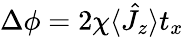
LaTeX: \Delta\phi=2\chi\langle\hat{J}_{z}\rangle t_{x}